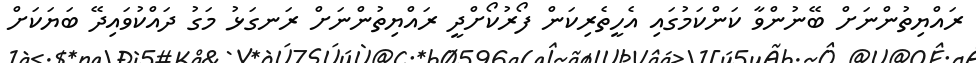
ރައްޔިތުންނަށް ބޭނުންވާ ކަންކަމުގައި އެހީތެރިކަން ފޯރުކޯށްދީ ރައްޔިތުންނަށް ރަނގަޅު މަގު ދައްކުވައިދޭ ބަޔަކަށް